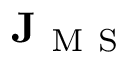
\mathbf { J } _ { \mathrm { ~ M ~ S ~ } }